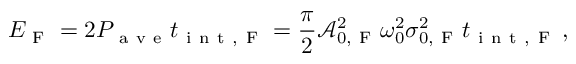
E _ { \mathrm { ~ F ~ } } = 2 P _ { \mathrm { ~ a ~ v ~ e ~ } } t _ { \mathrm { ~ i ~ n ~ t ~ , ~ F ~ } } = \frac { \pi } { 2 } \mathcal { A } _ { 0 , \mathrm { ~ F ~ } } ^ { 2 } \omega _ { 0 } ^ { 2 } \sigma _ { 0 , \mathrm { ~ F ~ } } ^ { 2 } t _ { \mathrm { ~ i ~ n ~ t ~ , ~ F ~ } } \, ,